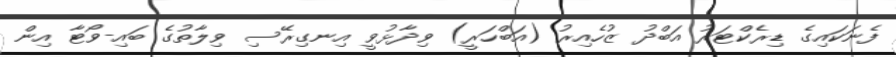
ފެނަކައިގެ ޑިރެކްޓަރު އަބްދު ޒުހެއިރު (އަބްހަރީ) ވިދާޅުވީ އިނގިރޭސި ވިލާތުގެ ބައި-ވޯޓާ އިން